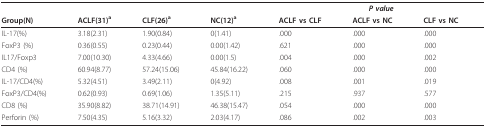
<table><thead><tr><td></td><td></td><td></td><td></td><td colspan="3"><b><i>P value</i></b></td></tr><tr><td><b>Group(N)</b></td><td><b>ACLF(31)<sup>a</sup></b></td><td><b>CLF(26)<sup>a</sup></b></td><td><b>NC(12)<sup>a</sup></b></td><td><b>ACLF vs CLF</b></td><td><b>ACLF vs NC</b></td><td><b>CLF vs NC</b></td></tr></thead><tbody><tr><td>IL-17(%)</td><td>3.18(2.31)</td><td>1.90(0.84)</td><td>0(1.41)</td><td>.000</td><td>.000</td><td>.000</td></tr><tr><td>FoxP3 (%)</td><td>0.36(0.55)</td><td>0.23(0.44)</td><td>0.00(1.42)</td><td>.621</td><td>.000</td><td>.000</td></tr><tr><td>IL17/Foxp3</td><td>7.00(10.30)</td><td>4.33(4.66)</td><td>0.00(1.5)</td><td>.004</td><td>.000</td><td>.002</td></tr><tr><td>CD4 (%)</td><td>60.94(8.77)</td><td>57.24(15.06)</td><td>45.84(16.22)</td><td>.060</td><td>.000</td><td>.000</td></tr><tr><td>IL-17/CD4(%)</td><td>5.32(4.51)</td><td>3.49(2.11)</td><td>0(4.92)</td><td>.008</td><td>.001</td><td>.019</td></tr><tr><td>FoxP3/CD4(%)</td><td>0.62(0.93)</td><td>0.69(1.06)</td><td>1.35(5.11)</td><td>.215</td><td>.937</td><td>.577</td></tr><tr><td>CD8 (%)</td><td>35.90(8.82)</td><td>38.71(14.91)</td><td>46.38(15.47)</td><td>.054</td><td>.000</td><td>.000</td></tr><tr><td>Perforin (%)</td><td>7.50(4.35)</td><td>5.16(3.32)</td><td>2.03(4.17)</td><td>.086</td><td>.002</td><td>.003</td></tr></tbody></table>